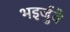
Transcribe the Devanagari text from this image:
भइर्जुवे